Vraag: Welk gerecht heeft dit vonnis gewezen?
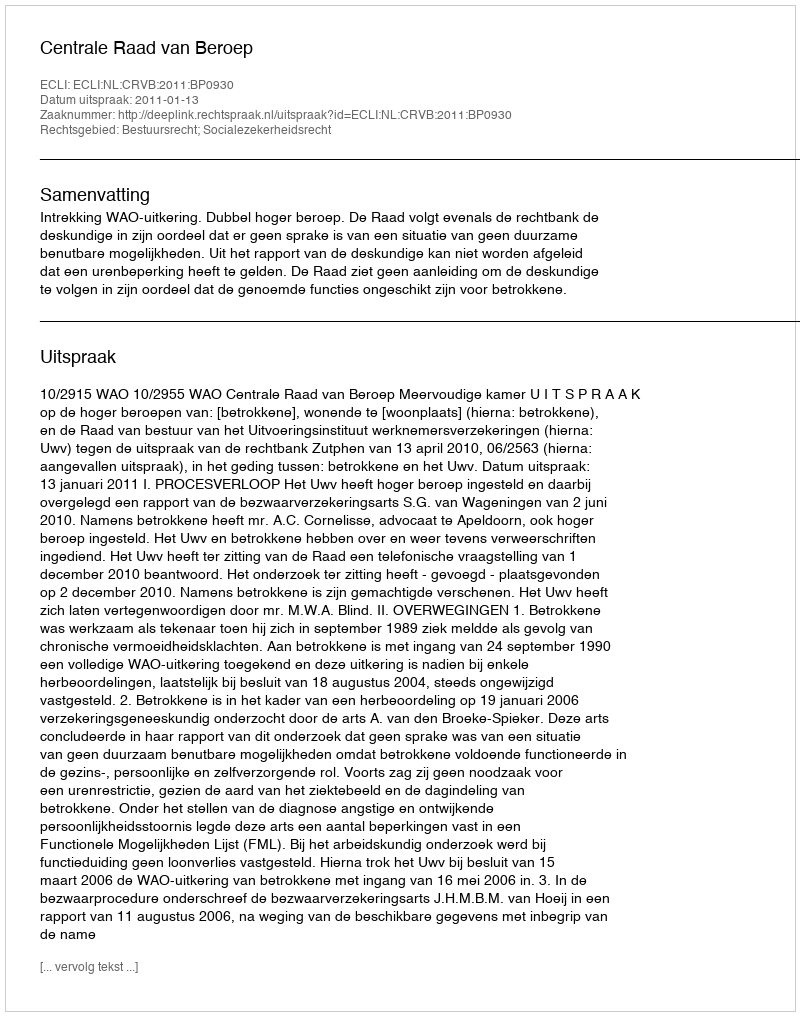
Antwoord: Centrale Raad van Beroep